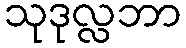
သုဒုလ္လဘာ